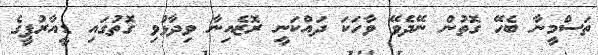
ތަސްމީނާ ބެހޭ ގޮތުން ނޭދެވޭ ވާހަކަ ދައްކަނީ ރޮޒެއިނާ ވިދާޅުވި ގޮތުގައި ޑީއާރުޕީގެ